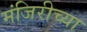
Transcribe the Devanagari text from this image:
मंजिरीच्या